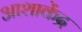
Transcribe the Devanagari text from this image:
आशाकेंद्र